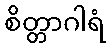
စိတ္တာဂါရံ